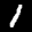
Label: 1